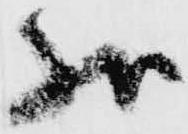
状